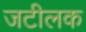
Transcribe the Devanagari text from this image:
जटीलक